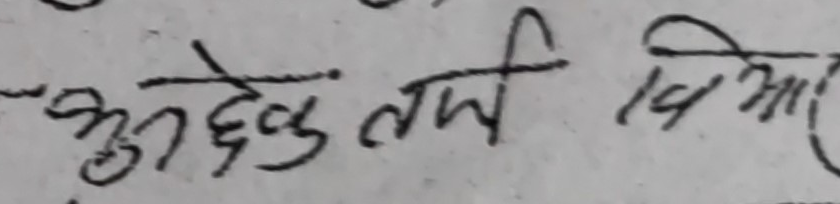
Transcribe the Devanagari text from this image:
बुझदेछु तर्फ बिआर